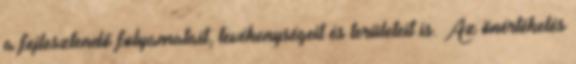
a fejlesztendő folyamatait, tevékenységeit és területeit is. Az önértékelés